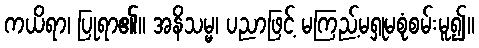
ကယိရာ၊ ပြုရာ၏။ အနိသမ္မ၊ ပညာဖြင့် မကြည့်မရှုမစုံစမ်းမူ၍။